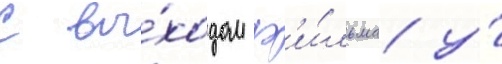
С вы́ходом ф'и́льма у́